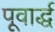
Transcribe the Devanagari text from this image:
पूवार्द्ध